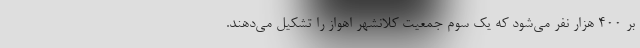
بر ۴۰۰ هزار نفر می‌شود که یک سوم جمعیت کلانشهر اهواز را تشکیل می‌دهند.